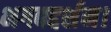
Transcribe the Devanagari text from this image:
भगवद्दर्शन।